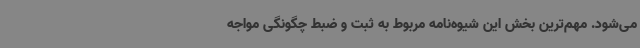
می‌شود. مهم‌ترین بخش این شیوه‌نامه مربوط به ثبت و ضبط چگونگی مواجه